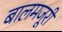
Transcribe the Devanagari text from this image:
बालमजूरी